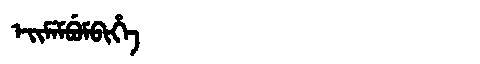
Manchu: ᡝᡳᠮᡝᠮᠪᡠᠮᠪᡳᡥᡝ
Romanization: EIMEMBUMBIHE